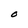
Character: O